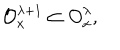
{ \cal O } _ { x } ^ { \lambda + 1 } \subset { \cal O } _ { x } ^ { \lambda } ,